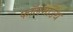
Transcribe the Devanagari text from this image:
फॉलमाउथ